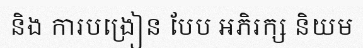
និង ការបង្រៀន បែប អភិរក្ស និយម